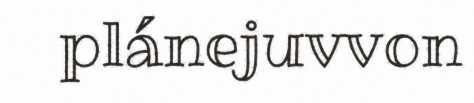
plánejuvvon